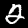
Label: 2